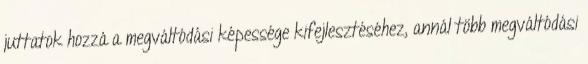
juttatok hozzá a megváltódási képessége kifejlesztéséhez, annál több megváltódási